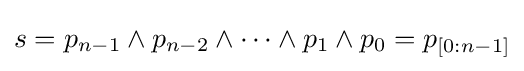
s=p_{n-1}\wedge p_{n-2}\wedge \dots \wedge p_{1}\wedge p_{0}=p_{[0:n-1]}